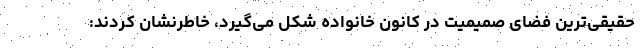
حقیقی‌ترین فضای صمیمیت در کانون خانواده شکل می‌گیرد، خاطرنشان کردند: